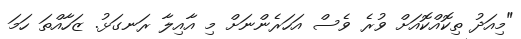
"މިއަދު ތިކޮއްކޮއަށް ވުރެ ވެސް އަހަރެންނަށް މި އާއިލާ ރަނގަޅު. ޒަހާއްތަ ހަމަ